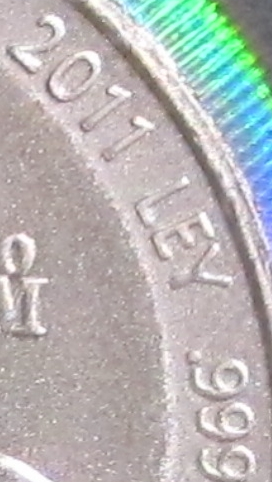
2011 LEY .999